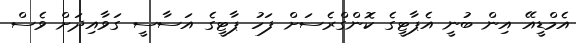
އެމްޑީއޭ އިން ބުނީ އެޕާޓީގެ ކޮންގްރެސަށް ފަހު ޕާޓީގެ އަސާސީ ގަވާއިދަށް ވެސް